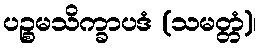
ပဉ္စမသိက္ခာပဒံ (သမတ္တံ)၊